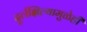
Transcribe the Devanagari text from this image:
दुर्लक्षिल्यामुळेही